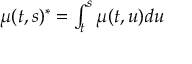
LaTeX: \textstyle \mu ( t , s ) ^ { * } = \int _ { t } ^ { s } \mu ( t , u ) d u